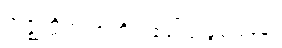
အဇ္ဈတ္တိက ဗာဟိရ ခေါ်ပုံ ဖွင့်ပြခန်း